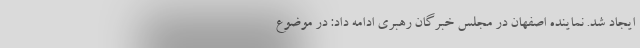
ایجاد شد. نماینده اصفهان در مجلس خبرگان رهبری ادامه داد: در موضوع